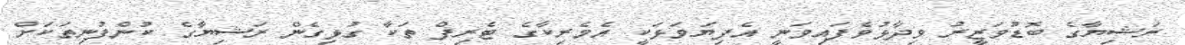
ރަޝިޔާގެ ބޮޑުވަޒީރު ވިދާޅުވެފައިވަނީ އެފިޔަވަޅަކީ އެމެރިކާގެ ޓެރިފް ތަކާ ގުޅިގެން ރަޝިޔާގެ ކުންފުނިތަކަށް